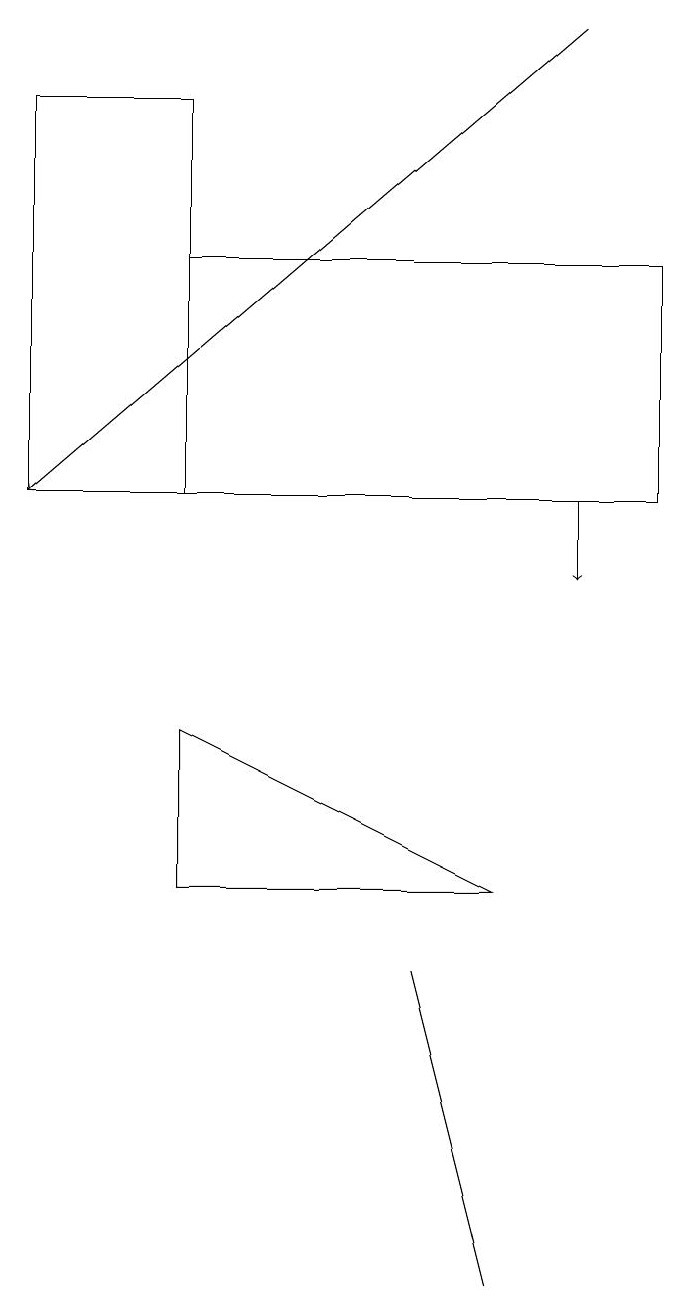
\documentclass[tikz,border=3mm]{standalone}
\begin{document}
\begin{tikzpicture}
\draw (6,6) -- (2,6) -- (2,8) -- cycle;
\draw (6,1) -- (5,5) -- (5,5) -- cycle;
\draw (8,14) rectangle (2,11);
\draw[->] (7,17) -- (0,11);
\draw (2,11) rectangle (0,16);
\draw[->] (7,11) -- (7,10);
\draw (2,11) rectangle (5,11);
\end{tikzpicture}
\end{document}